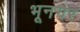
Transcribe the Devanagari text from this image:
भूनगर